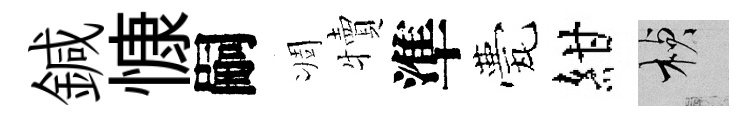
鍼慷嗣凋犢準甍紺楨